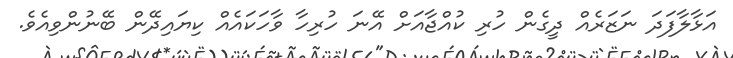
އަޅާލާފަދަ ނަޒަރެއް ދީގެން ހުރި ކުއްޖާއަށް އޭނަ ހުރިހާ ވާހަކައެއް ކިޔައިދޭން ބޭނުންވިއެވެ.